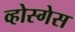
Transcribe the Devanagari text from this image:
व्होस्गेस